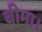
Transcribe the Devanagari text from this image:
बीमा।